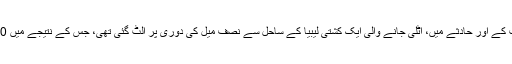
چند ہفتے قبل ہی اسی نوعیت کے اور حادثے میں، اٹلی جانے والی ایک کشتی لیبیا کے ساحل سے نصف میل کی دوری پر الٹ گئی تھی، جس کے نتیجے میں 100 افراد ہلاک ہوگئے تھے۔